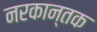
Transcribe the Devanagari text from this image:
नरकान्तक